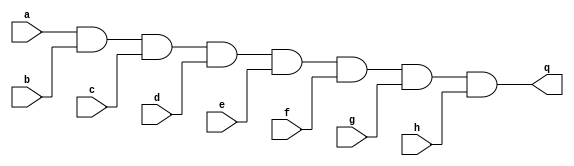
`timescale 1ns / 1ps
//////////////////////////////////////////////////////////////////////////////////
// Company: 
// Engineer: 
// 
// Design Name: 
// Module Name: andgate
// Project Name: 
// Target Devices: 
// Tool Versions: 
// Description: 
// 
// Dependencies: 
// 
// Revision:
// Revision 0.01 - File Created
// Additional Comments:
// 
//////////////////////////////////////////////////////////////////////////////////


module andgate
#(parameter Port_Num = 2, //  2 
 parameter WIDTH=8) //  8 
 ( 
input [(WIDTH-1):0] a,
input [(WIDTH-1):0] b,
input [(WIDTH-1):0] c,
input [(WIDTH-1):0] d,
input [(WIDTH-1):0] e,
input [(WIDTH-1):0] f,
input [(WIDTH-1):0] g,
input [(WIDTH-1):0] h,
output [(WIDTH-1):0] q
);
assign q = (a & b & c & d & e & f & g & h);
endmodule